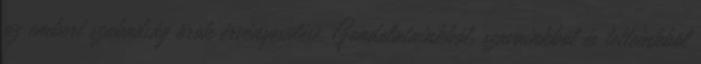
az emberi szabadság örök érvényesülése. Gondolatainkból, szavainkból és tetteinkbõl